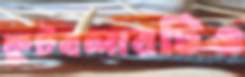
ফুটবলারটিও